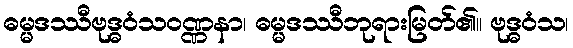
ဓမ္မဒဿီဗုဒ္ဓဝံသဝဏ္ဏနာ၊ ဓမ္မဒဿီဘုရားမြတ်၏။ ဗုဒ္ဓဝံသ၊